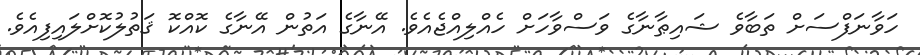
ހަވާނަފްސަށް ތަބާވެ ޝައިޠާނާގެ ވަސްވާހަށް ހެއްލިއްޖެއެވެ. އޭނާގެ އަތުން އޭނާގެ ކޮއްކޮ ޤަތުލުކޮށްލައިފިއެވެ.